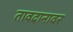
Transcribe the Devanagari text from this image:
तावदानावर